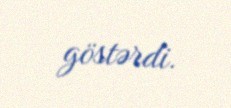
göstərdi.